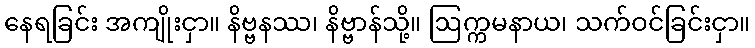
နေရခြင်း အကျိုးငှာ။ နိဗ္ဗနဿ၊ နိဗ္ဗာန်သို့။ ဩက္ကမနာယ၊ သက်ဝင်ခြင်းငှာ။